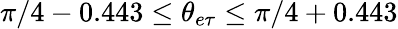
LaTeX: \pi/4-0.443\leq\theta_{e\tau}\leq\pi/4+0.443